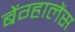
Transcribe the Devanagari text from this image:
बेंग्हालेंस